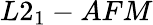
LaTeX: L2_{1}-AFM